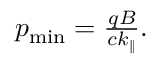
\begin{array} { r } { p _ { \mathrm { m i n } } = \frac { q B } { c k _ { \parallel } } . } \end{array}